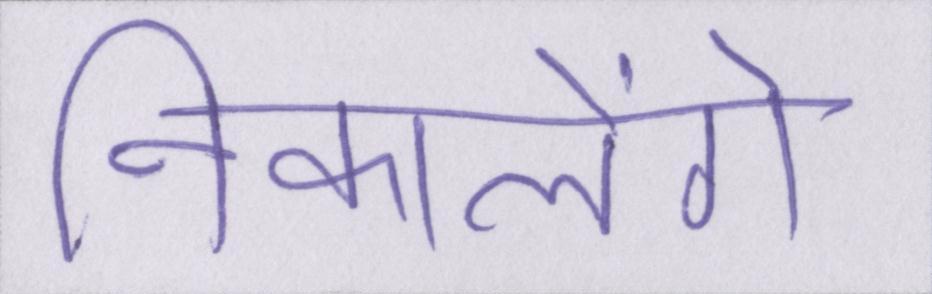
निकालेंगे